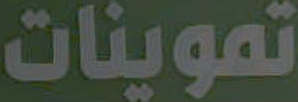
تموينات